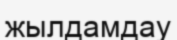
жылдамдау